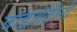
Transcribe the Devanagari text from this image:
बाइजेंटीनी